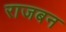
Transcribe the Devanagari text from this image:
राजबन